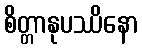
စိတ္တာနုပဿိနော